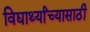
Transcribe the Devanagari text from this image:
विद्यार्थ्यांच्यासाठी